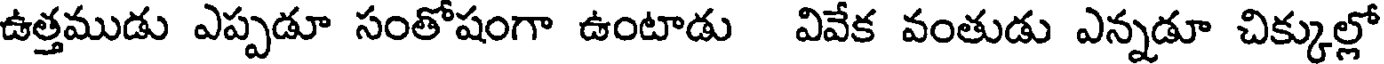
ఉత్తముడు ఎప్పడూ సంతోషంగా ఉంటాడు వివేక వంతుడు ఎన్నడూ చిక్కుల్లో